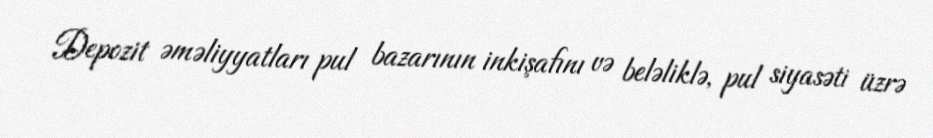
Depozit əməliyyatları pul bazarının inkişafını və beləliklə, pul siyasəti üzrə